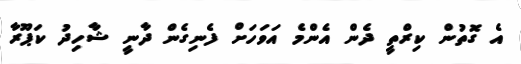
އެ ގޮތުން ކިރްތީ ދެން އެންމެ އަވަހަށް ފެނިގެން ދާނީ ޝާހިދު ކަޕޫރާ